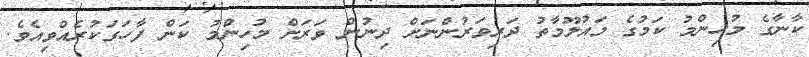
ކާނާގެ މުހިންމު ކަމުގެ މައުލޫމާތު ދަރިވަރުންނަށް ދިނުން ވަރަށް މުހިންމު ކަން ފާހަގަކުރެއްވިއެވެ.